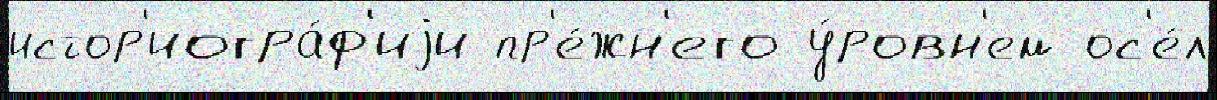
истор'иогра́ф'иjи пр'е́жн'его у́ровн'ем ос'е́л